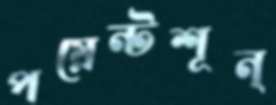
পয়েন্টশূন্